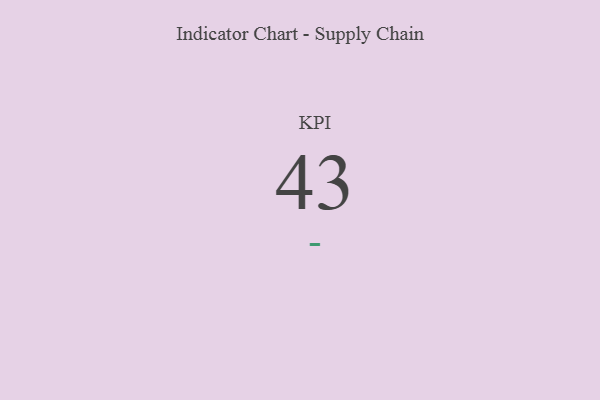
{"axis": {"x": "KPI", "y": "Value"}, "legend": [""], "data": [{"x": "KPI", "y": 43, "type": ""}]}